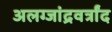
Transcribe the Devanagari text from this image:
अलग्जांद्रवर्त्रांद